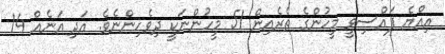
އިއްޔެ ފައްސިވީ މީހުންގެ ތެރެއިން 51 މީހުންނަކީ ދިވެހިންނެވެ. އަދި އަނެއް 14